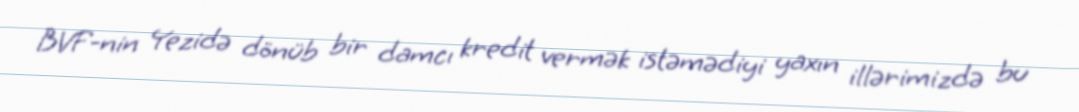
BVF-nin Yezidə dönüb bir damcı kredit vermək istəmədiyi yaxın illərimizdə bu